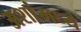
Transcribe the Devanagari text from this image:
अशांमध्ये